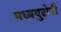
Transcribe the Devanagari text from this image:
मध्ययुरोपी